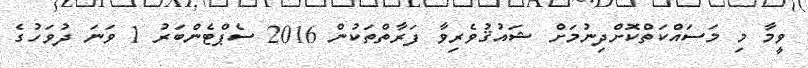
ވީމާ މި މަސައްކަތްކޮށްދިނުމަށް ޝައުޤުވެރިވާ ފަރާތްތަކުން 2016 ސެޕްޓެންބަރު 1 ވަނަ ދުވަހުގެ